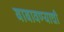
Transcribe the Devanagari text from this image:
बाबावण्याची